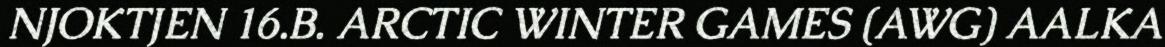
NJOKTJEN 16.B. ARCTIC WINTER GAMES (AWG) AALKA